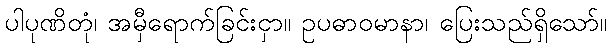
ပါပုဏိတုံ၊ အမှီရောက်ခြင်းငှာ။ ဥပဓာဝမာနာ၊ ပြေးသည်ရှိသော်။